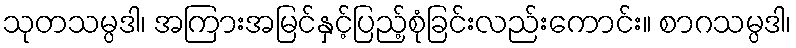
သုတသမ္ပဒါ၊ အကြားအမြင်နှင့်ပြည့်စုံခြင်းလည်းကောင်း။ စာဂသမ္ပဒါ၊